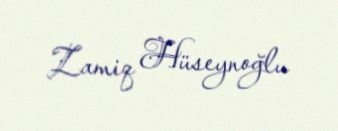
Zamiq Hüseynoğlu